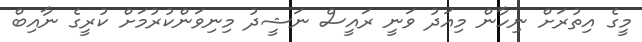
މީގެ އިތުރަށް ނިހާން މިއަދު ވަނީ ރައީސް ނަޝީދު މިނިވަންކުރުމަށް ކުރީގެ ނާއިބް